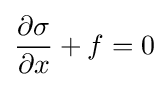
{\frac {\partial \sigma }{\partial x}}+f=0